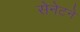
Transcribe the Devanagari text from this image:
सेनेटने